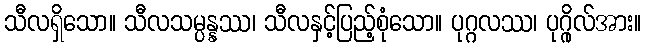
သီလရှိသော။ သီလသမ္ပန္နဿ၊ သီလနှင့်ပြည့်စုံသော။ ပုဂ္ဂလဿ၊ ပုဂ္ဂိုလ်အား။